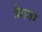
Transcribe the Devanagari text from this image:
क्रेज़ा